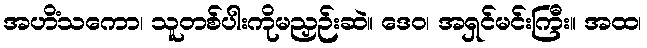
အဟိံသကော၊ သူတစ်ပါးကိုမညှဉ်းဆဲ။ ဒေဝ၊ အရှင်မင်းကြီး။ အထ၊